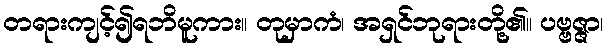
တရားကျင့်၍ရဘိမူကား။ တုမှာကံ၊ အရှင်ဘုရားတို့၏။ ပဗ္ဗဇ္ဇာ၊